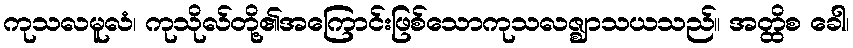
ကုသလမူလံ၊ ကုသိုလ်တို့၏အကြောင်းဖြစ်သောကုသလဇ္ဈာသယသည်။ အတ္ထိစ ခေါ၊